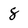
Character: 8